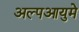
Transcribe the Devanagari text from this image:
अल्पआयुमे